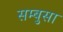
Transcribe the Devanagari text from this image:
सम्बुसा